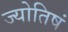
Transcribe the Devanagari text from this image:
ज्योतिषं